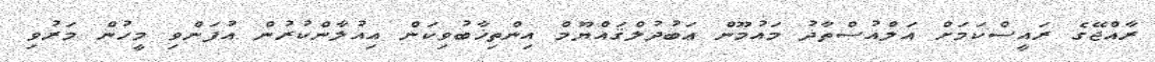
ރާއްޖޭގެ ރައީސްކަމަށް އަލްއުސްތާޛު މައުމޫން ޢަބުދުލްޤައްޔޫމް އިންތިޚާބުވިކަން އިއުލާންކުރުން އުފަންވި މީހުން މަރުވި